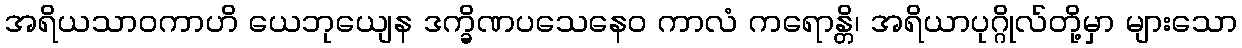
အရိယသာဝကာဟိ ယေဘုယျေန ဒက္ခိဏပသေနေဝ ကာလံ ကရောန္တိ၊ အရိယာပုဂ္ဂိုလ်တို့မှာ များသော